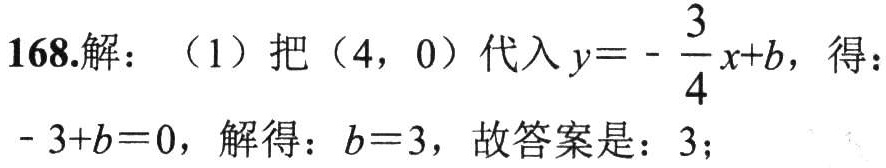
168.解：（1）把\((4,0)\)代入\(y = -\frac{3}{4}x + b\)，得：\(-3 + b = 0\)，解得：\(b = 3\)，故答案是：\(3\)；